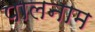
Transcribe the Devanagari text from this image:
पालनाम